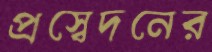
প্রস্বেদনের